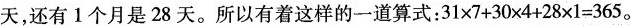
天，还有1个月是28天。所以有着这样的一道算式：$$31\times7+30\times4+28\times1=365$$。